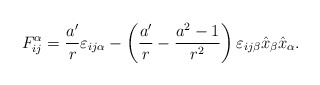
\begin{align*}F^{\alpha}_{ij}=\frac{a'}{r} \varepsilon_{ij\alpha} -\left (\frac{a'}{r} -\frac{a^2 -1}{r^2} \right) \varepsilon_{ij\beta} \hat x_{\beta} \hat x_{\alpha}.\end{align*}